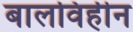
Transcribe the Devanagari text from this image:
बालविहीन